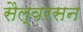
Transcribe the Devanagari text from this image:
सैल्वरसन